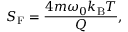
S _ { \mathrm { F } } = \frac { 4 m \omega _ { 0 } k _ { \mathrm { B } } T } { Q } ,